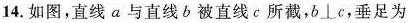
14.如图，直线a与直线b被直线c所截，b⊥c，垂足为